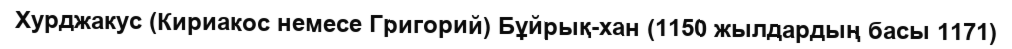
Хурджакус (Кириакос немесе Григорий) Бұйрық-хан (1150 жылдардың басы 1171)